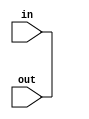
module assign_32bit(out,in);

input [31:0] in;
input [31:0] out;

buf buf0(out[0],in[0]);
buf buf1(out[1],in[1]);
buf buf2(out[2],in[2]);
buf buf3(out[3],in[3]);
buf buf4(out[4],in[4]);
buf buf5(out[5],in[5]);
buf buf6(out[6],in[6]);
buf buf7(out[7],in[7]);
buf buf8(out[8],in[8]);
buf buf9(out[9],in[9]);
buf buf10(out[10],in[10]);
buf buf11(out[11],in[11]);
buf buf12(out[12],in[12]);
buf buf13(out[13],in[13]);
buf buf14(out[14],in[14]);
buf buf15(out[15],in[15]);
buf buf16(out[16],in[16]);
buf buf17(out[17],in[17]);
buf buf18(out[18],in[18]);
buf buf19(out[19],in[19]);
buf buf20(out[20],in[20]);
buf buf21(out[21],in[21]);
buf buf22(out[22],in[22]);
buf buf23(out[23],in[23]);
buf buf24(out[24],in[24]);
buf buf25(out[25],in[25]);
buf buf26(out[26],in[26]);
buf buf27(out[27],in[27]);
buf buf28(out[28],in[28]);
buf buf29(out[29],in[29]);
buf buf30(out[30],in[30]);
buf buf31(out[31],in[31]);

endmodule